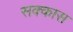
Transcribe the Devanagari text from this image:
सक्कास